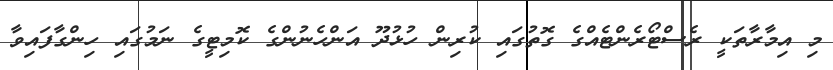
މި އިމާރާތަކީ ރެސްޓޯރެންޓެއްގެ ގޮތުގައި ކުރިން ހުޅުދޫ އަންހެނުންގެ ކޮމިޓީގެ ނަމުގައި ހިންގާފައިވާ